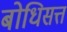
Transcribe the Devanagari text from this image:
बोधिसत्त